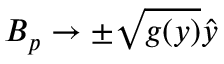
\boldsymbol { B } _ { p } \to \pm \sqrt { g ( y ) } \boldsymbol { \hat { y } }